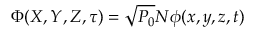
\Phi ( X , Y , Z , \tau ) = \sqrt { P _ { 0 } } N \phi ( x , y , z , t )